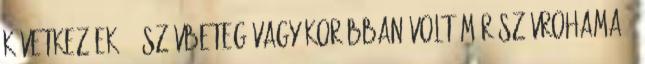
következőek: – szívbeteg vagy korábban volt már szívrohama –